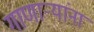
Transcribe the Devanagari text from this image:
गाणाऱ्यांना